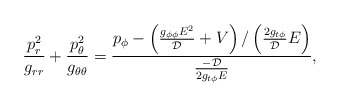
\begin{align*}\frac{p_r^2}{g_{rr}} + \frac{p_\theta^2}{g_{\theta \theta}} =\frac{p_\phi - \left( \frac{ g_{\phi \phi} E^2 }{ \cal D } + V \right)/ \left( \frac{ 2 g_{t \phi} }{ \cal D } E \right) }{ \frac{- {\cal D} }{ 2 g_{t \phi} E } },\end{align*}